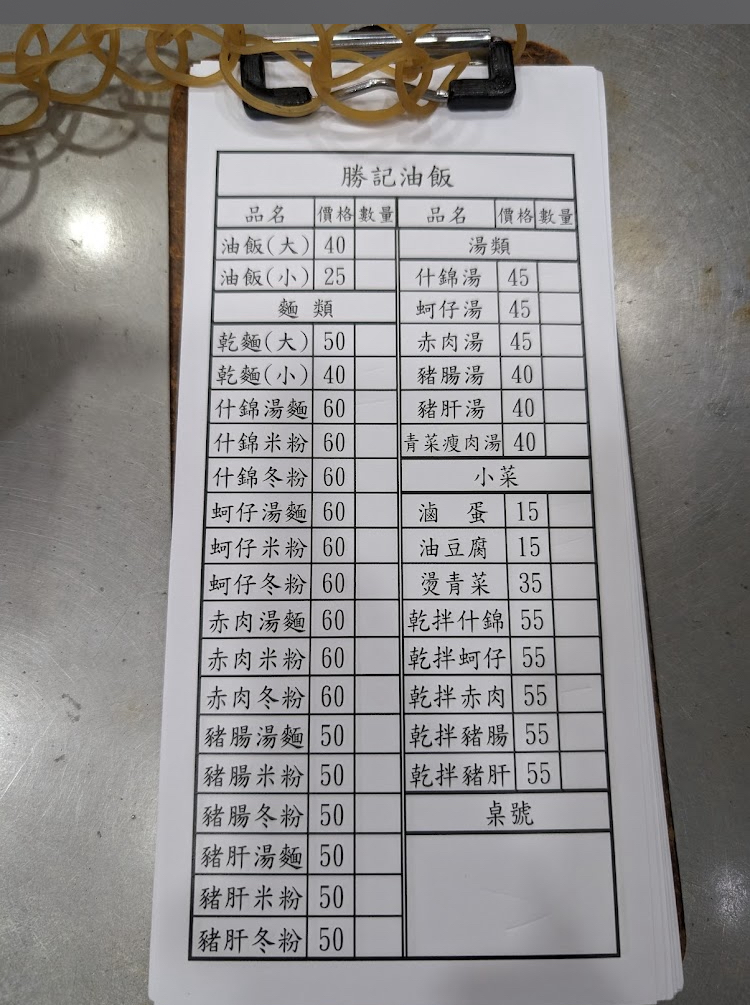
餐廳：勝記油飯
菜單：
name: 油飯(大)
price: 40
name: 油飯(小)
price: 25
name: 乾麵(大)
price: 50
name: 乾麵(小)
price: 40
name: 什錦湯麵
price: 60
name: 什錦米粉
price: 60
name: 什錦冬粉
price: 60
name: 蚵仔湯麵
price: 60
name: 蚵仔米粉
price: 60
name: 蚵仔冬粉
price: 60
name: 赤肉湯麵
price: 60
name: 赤肉米粉
price: 60
name: 赤肉冬粉
price: 60
name: 豬腸湯麵
price: 50
name: 豬腸米粉
price: 50
name: 豬腸冬粉
price: 50
name: 豬肝湯麵
price: 50
name: 豬肝米粉
price: 50
name: 豬肝冬粉
price: 50
name: 什錦湯
price: 45
name: 蚵仔湯
price: 45
name: 赤肉湯
price: 45
name: 豬腸湯
price: 40
name: 豬肝湯
price: 40
name: 青菜瘦肉湯
price: 40
name: 滷蛋
price: 15
name: 油豆腐
price: 15
name: 燙青菜
price: 35
name: 乾拌什錦
price: 55
name: 乾拌蚵仔
price: 55
name: 乾拌赤肉
price: 55
name: 乾拌豬腸
price: 55
name: 乾拌豬肝
price: 55